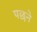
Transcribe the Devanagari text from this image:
पछने